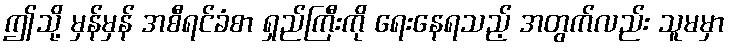
ဤသို့ မှန်မှန် အစီရင်ခံစာ ရှည်ကြီးကို ရေးနေရသည့် အတွက်လည်း သူမမှာ